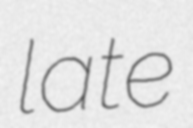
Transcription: late